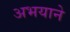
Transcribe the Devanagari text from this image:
अभयाने